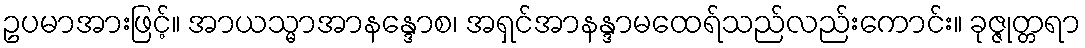
ဥပမာအားဖြင့်။ အာယသ္မာအာနန္ဒောစ၊ အရှင်အာနန္ဒာမထေရ်သည်လည်းကောင်း။ ခုဇ္ဇုတ္တရာ